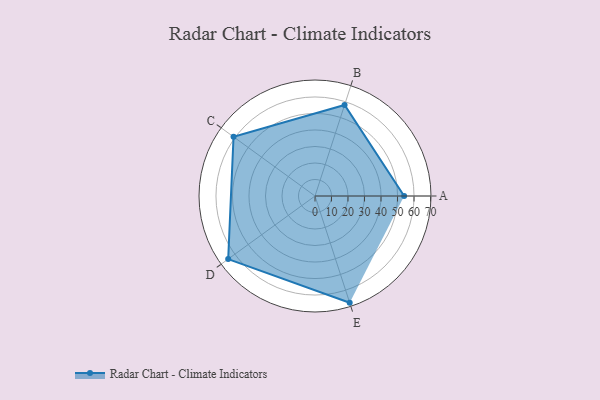
{"axis": {"x": "Skill", "y": "Score"}, "legend": ["Profile"], "data": [{"x": "A", "y": 54.0, "type": "Profile"}, {"x": "B", "y": 58.0, "type": "Profile"}, {"x": "C", "y": 61.0, "type": "Profile"}, {"x": "D", "y": 65.0, "type": "Profile"}, {"x": "E", "y": 68.0, "type": "Profile"}]}